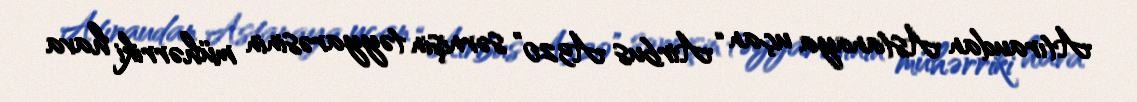
Atıraudan Astanaya uçan “Airbus A320” sərnişin təyyarəsinin mühərriki hava